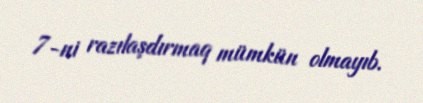
7-ni razılaşdırmaq mümkün olmayıb.